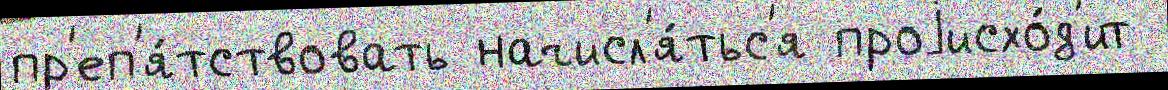
пр'еп'я́тствовать начисл'я́тьс'я проjисхо́д'ит